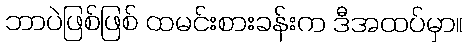
ဘာပဲဖြစ်ဖြစ် ထမင်းစားခန်းက ဒီအထပ်မှာ။